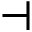
\dashv